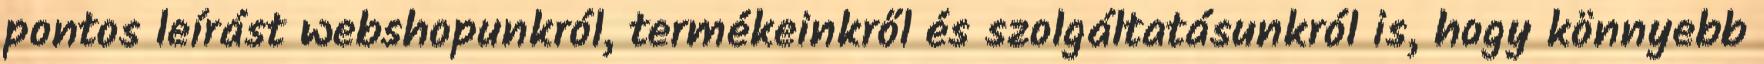
pontos leírást webshopunkról, termékeinkről és szolgáltatásunkról is, hogy könnyebb